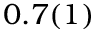
0 . 7 ( 1 ) \